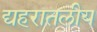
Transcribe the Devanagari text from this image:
द्यहरातलीय